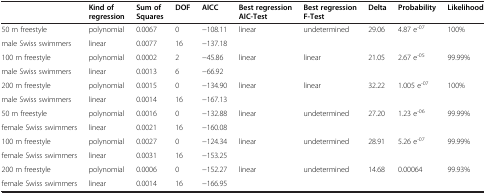
<table><thead><tr><td><b> </b></td><td><b>Kind of regression</b></td><td><b>Sum of Squares</b></td><td><b>DOF</b></td><td><b>AICC</b></td><td><b>Best regression AIC-Test</b></td><td><b>Best regression F-Test</b></td><td><b>Delta</b></td><td><b>Probability</b></td><td><b>Likelihood</b></td></tr></thead><tbody><tr><td>50 m freestyle</td><td>polynomial</td><td>0.0067</td><td>0</td><td>−108.11</td><td rowspan="2">linear</td><td rowspan="2">undetermined</td><td rowspan="2">29.06</td><td rowspan="2">4.87 e<sup>-07</sup></td><td rowspan="2">100%</td></tr><tr><td>male Swiss swimmers</td><td>linear</td><td>0.0077</td><td>16</td><td>−137.18</td></tr><tr><td>100 m freestyle</td><td>polynomial</td><td>0.0002</td><td>2</td><td>−45.86</td><td rowspan="2">linear</td><td rowspan="2">linear</td><td rowspan="2">21.05</td><td rowspan="2">2.67 e<sup>-05</sup></td><td rowspan="2">99.99%</td></tr><tr><td>male Swiss swimmers</td><td>linear</td><td>0.0013</td><td>6</td><td>−66.92</td></tr><tr><td>200 m freestyle</td><td>polynomial</td><td>0.0015</td><td>0</td><td>−134.90</td><td rowspan="2">linear</td><td rowspan="2">linear</td><td rowspan="2">32.22</td><td rowspan="2">1.005 e<sup>-07</sup></td><td rowspan="2">100%</td></tr><tr><td>male Swiss swimmers</td><td>linear</td><td>0.0014</td><td>16</td><td>−167.13</td></tr><tr><td>50 m freestyle</td><td>polynomial</td><td>0.0016</td><td>0</td><td>−132.88</td><td rowspan="2">linear</td><td rowspan="2">undetermined</td><td rowspan="2">27.20</td><td rowspan="2">1.23 e<sup>-06</sup></td><td rowspan="2">99.99%</td></tr><tr><td>female Swiss swimmers</td><td>linear</td><td>0.0021</td><td>16</td><td>−160.08</td></tr><tr><td>100 m freestyle</td><td>polynomial</td><td>0.0027</td><td>0</td><td>−124.34</td><td rowspan="2">linear</td><td rowspan="2">undetermined</td><td rowspan="2">28.91</td><td rowspan="2">5.26 e<sup>-07</sup></td><td rowspan="2">99.99%</td></tr><tr><td>female Swiss swimmers</td><td>linear</td><td>0.0031</td><td>16</td><td>−153.25</td></tr><tr><td>200 m freestyle</td><td>polynomial</td><td>0.0006</td><td>0</td><td>−152.27</td><td rowspan="2">linear</td><td rowspan="2">undetermined</td><td rowspan="2">14.68</td><td rowspan="2">0.00064</td><td rowspan="2">99.93%</td></tr><tr><td>female Swiss swimmers</td><td>linear</td><td>0.0014</td><td>16</td><td>−166.95</td></tr></tbody></table>